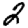
Digit: 2